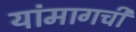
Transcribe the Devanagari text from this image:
यांमागची